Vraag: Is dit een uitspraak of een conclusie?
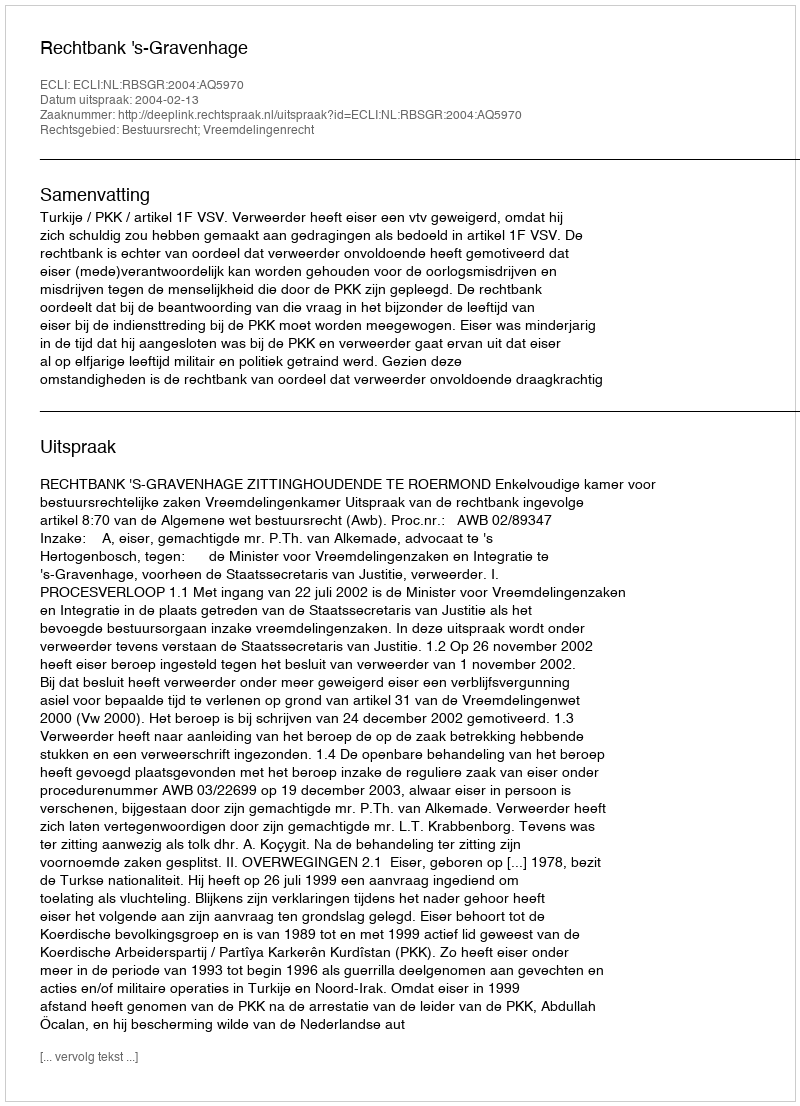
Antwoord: Uitspraak